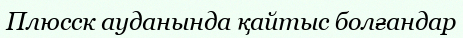
Плюсск ауданында қайтыс болғандар